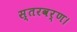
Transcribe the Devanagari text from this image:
स्तरवर्ण।